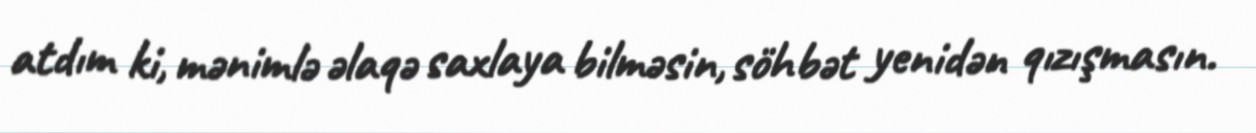
atdım ki, mənimlə əlaqə saxlaya bilməsin, söhbət yenidən qızışmasın.